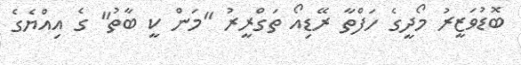
ބޮޑުވަޒީރު މޯދީގެ ހަފްތާ ރޭޑިއޯ ތަގްރީރު "މަން ކީ ބާތު" ގެ އިއްޔެގެ